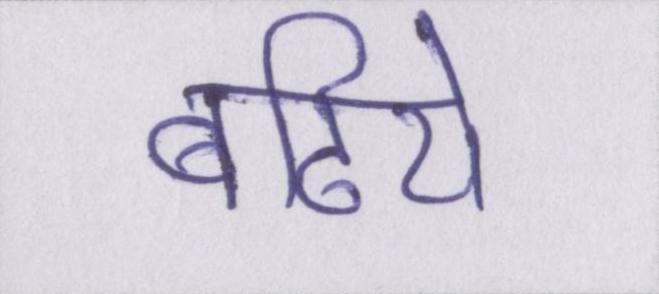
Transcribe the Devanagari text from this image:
बढिये